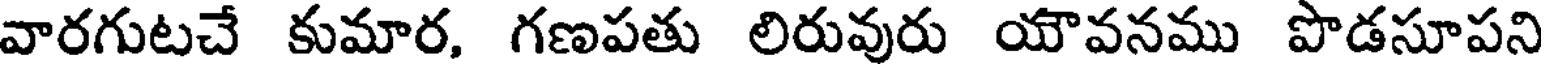
వారగుటచే కుమార, గణపతు లిరువురు యౌవనము పొడసూపని